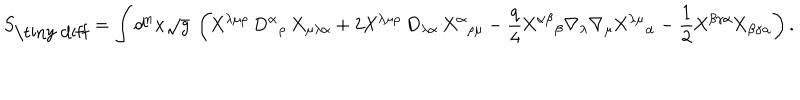
S _ { \mathrm { \tiny ~ d i f f } } = \int d ^ { n } x \sqrt { g } ~ \left( \mathrm { X } ^ { \lambda \mu \rho } ~ \mathrm { D } ^ { \alpha } { } _ { \rho } ~ \mathrm { X } _ { \mu \lambda \alpha } + 2 \mathrm { X } ^ { \lambda \mu \rho } ~ \mathrm { D } _ { \lambda \alpha } ~ \mathrm { X } ^ { \alpha } { } _ { \rho \mu } - \frac { q } 4 \mathrm { X } ^ { \alpha \beta } { } _ { \beta } { } \nabla _ { \lambda } \nabla _ { \mu } { } \mathrm { X } ^ { \lambda \mu } { } _ { \alpha } - \frac 1 2 \mathrm { X } ^ { \beta \gamma \alpha } \mathrm { X } _ { \beta \gamma \alpha } \right) .